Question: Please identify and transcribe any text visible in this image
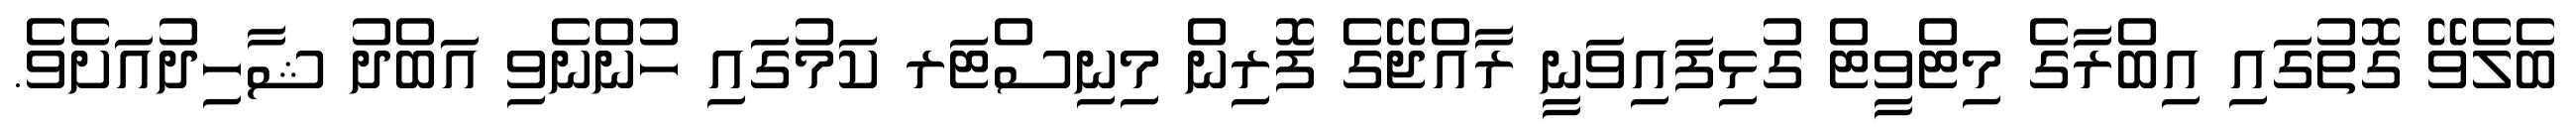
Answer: ބެލެވޭ ގޮތުގައި އިބްރާގެ މިޓްވީޓް ގުޅިފައިވަނީ ރާއްޖޭގެ ފޮރިން މިނިސްޓަރ ކަމުގައި ހުންނެވި އަބްދު ޝާހިދުއަށެވެ.